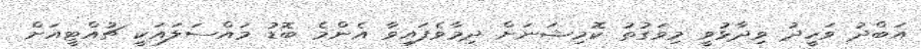
އަބްދު ވަހީދު ވިދާޅުވީ މިވަގުތު ކޮމިޝަނަށް ދިމާވެފައިވާ އެންމެ ބޮޑު މައްސަލައަކީ ޗުއްޓީއަށް